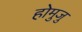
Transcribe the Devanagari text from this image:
होमुजु